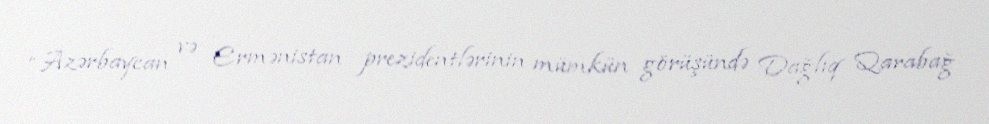
“Azərbaycan və Ermənistan prezidentlərinin mümkün görüşündə Dağlıq Qarabağ